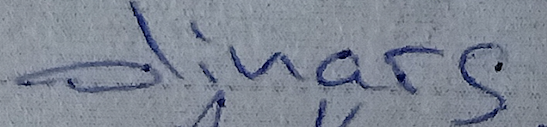
dinars